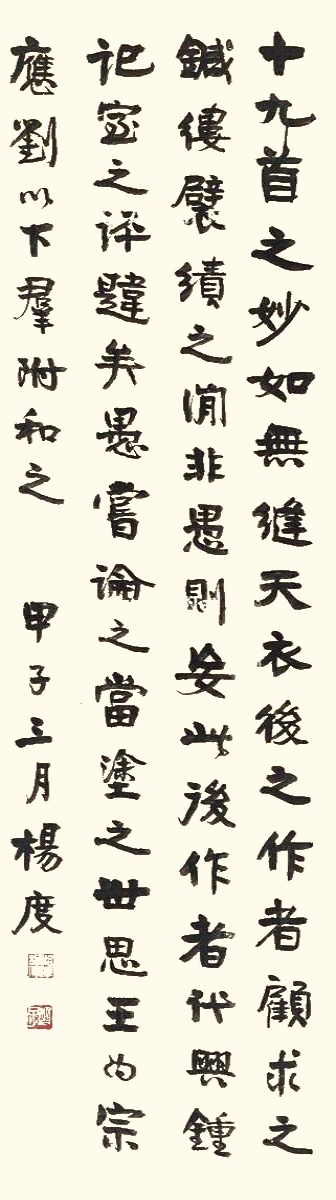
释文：《十九首》之妙，如无缝天衣。后之作者，顾求之针缕襞绩之间，非愚则妄。此后作者代兴，钟记室之评韪矣。愚尝论之，当涂之世，思王为宗，应、刘以下，群附和之。甲子三月，杨度。